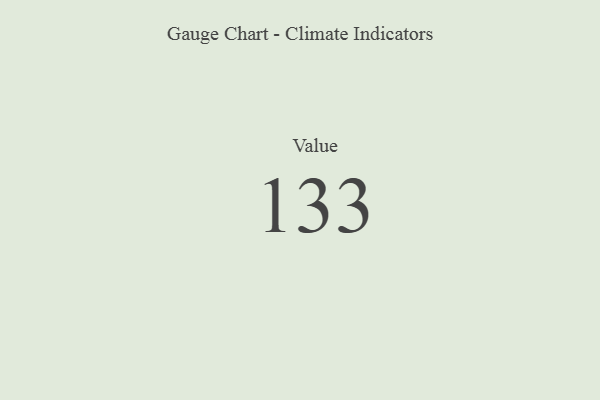
{"axis": {"x": "Metric", "y": "Value"}, "legend": [""], "data": [{"x": "Value", "y": 133, "type": ""}]}